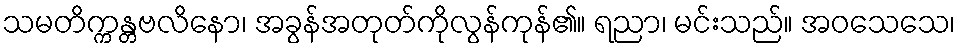
သမတိက္ကန္တဗလိနော၊ အခွန်အတုတ်ကိုလွန်ကုန်၏။ ရညာ၊ မင်းသည်။ အဝသေသေ၊